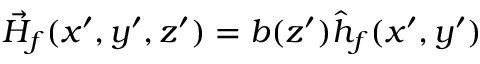
\vec { H } _ { f } ( x ^ { \prime } , y ^ { \prime } , z ^ { \prime } ) = b ( z ^ { \prime } ) \hat { h } _ { f } ( x ^ { \prime } , y ^ { \prime } )